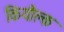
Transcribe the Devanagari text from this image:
कियौल्क